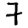
Digit: 7